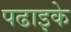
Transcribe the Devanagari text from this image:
पढाइके